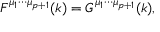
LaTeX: { \cal F } ^ { { \mu } _ { 1 } { \cdots } { \mu } _ { p + 1 } } ( k ) = { \cal G } ^ { { \mu } _ { 1 } { \cdots } { \mu } _ { p + 1 } } ( k ) ,